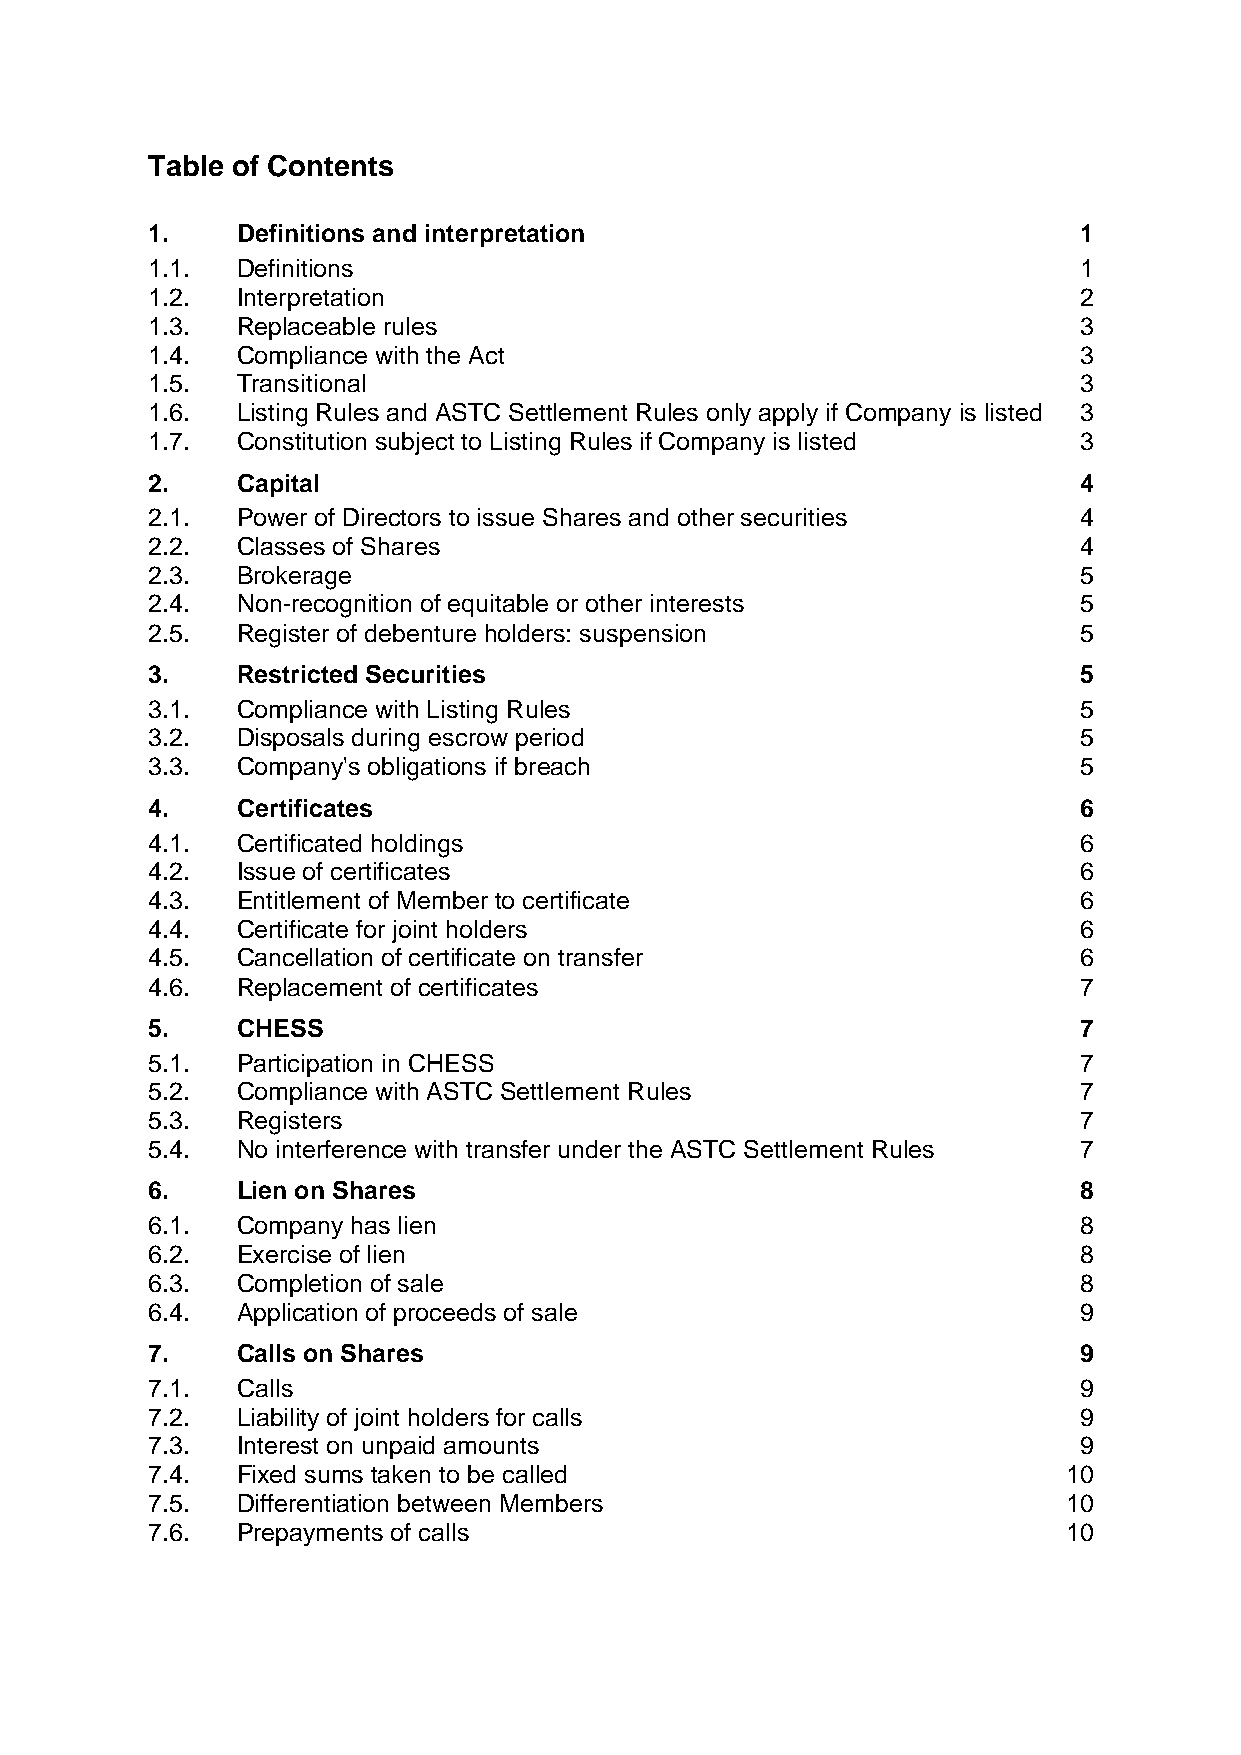
Table of Contents
 1.    Definitions and interpretation                         1
 1.1.  Definitions                                            1
 1.2.  Interpretation                                         2
 1.3.  Replaceable rules                                      3
 1.4.  Compliance with the Act                                3
 1.5.  Transitional                                           3
 1.6.  Listing Rules and ASTC Settlement Rules only apply if Company is listed 3
 1.7.  Constitution subject to Listing Rules if Company is listed 3
 2.    Capital                                                4
 2.1.  Power of Directors to issue Shares and other securities 4
 2.2.  Classes of Shares                                      4
 2.3.  Brokerage                                              5
 2.4.  Non-recognition of equitable or other interests        5
 2.5.  Register of debenture holders: suspension              5
 3.    Restricted Securities                                  5
 3.1.  Compliance with Listing Rules                          5
 3.2.  Disposals during escrow period                         5
 3.3.  Company's obligations if breach                        5
 4.    Certificates                                           6
 4.1.  Certificated holdings                                  6
 4.2.  Issue of certificates                                  6
 4.3.  Entitlement of Member to certificate                   6
 4.4.  Certificate for joint holders                          6
 4.5.  Cancellation of certificate on transfer                6
 4.6.  Replacement of certificates                            7
 5.    CHESS                                                  7
 5.1.  Participation in CHESS                                 7
 5.2.  Compliance with ASTC Settlement Rules                  7
 5.3.  Registers                                              7
 5.4.  No interference with transfer under the ASTC Settlement Rules 7
 6.    Lien on Shares                                         8
 6.1.  Company has lien                                       8
 6.2.  Exercise of lien                                       8
 6.3.  Completion of sale                                     8
 6.4.  Application of proceeds of sale                        9
 7.    Calls on Shares                                        9
 7.1.  Calls                                                  9
 7.2.  Liability of joint holders for calls                   9
 7.3.  Interest on unpaid amounts                             9
 7.4.  Fixed sums taken to be called                          10
 7.5.  Differentiation between Members                        10
 7.6.  Prepayments of calls                                   10